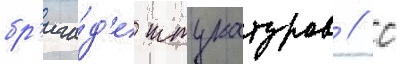
бр'ига́д'е штукатуров // С